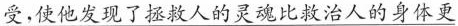
受，使他发现了拯救人的灵魂比救治人的身体更